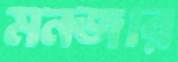
মনজার